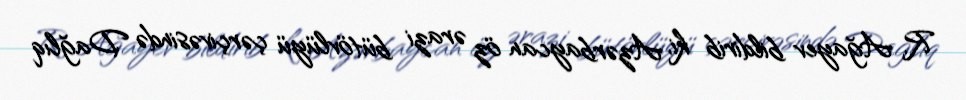
R. Ağayev bildirib ki, Azərbaycan öz ərazi bütövlüyü çərçivəsində Dağlıq